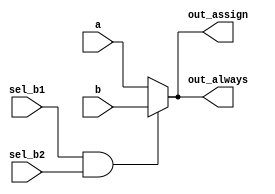
// statement
// Build a 2-to-1 mux that chooses between a and b. Choose b if both sel_b1 and sel_b2 are true. Otherwise, choose a. Do the same twice,
// once using assign statements and once using a procedural if statement.


// Solution
// synthesis verilog_input_version verilog_2001
module top_module(
    input a,
    input b,
    input sel_b1,
    input sel_b2,
    output wire out_assign,
    output reg out_always   ); 
    
    // using the assign Continous assignment with conditional operator
    assign out_assign = (sel_b1 & sel_b2 == 1'b1) ? b : a;
    
    // Using the procedural if statement with blocking assignment and combinational always block
    always @(*)
        begin
            if (sel_b1 & sel_b2 == 1'b1) 
                begin
                    out_always = b;
                end
            else 
                begin
                    out_always = a;
                end
        end
   
endmodule